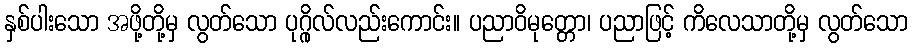
နှစ်ပါးသော အဖို့တို့မှ လွတ်သော ပုဂ္ဂိုလ်လည်းကောင်း။ ပညာဝိမုတ္တော၊ ပညာဖြင့် ကိလေသာတို့မှ လွတ်သော